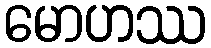
မောဟဿ